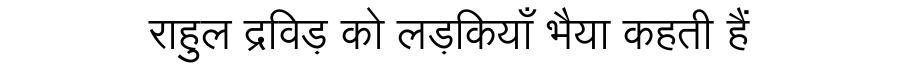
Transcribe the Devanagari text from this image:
राहुल द्रविड़ को लड़कियाँ भैया कहती हैं